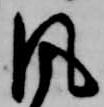
風